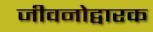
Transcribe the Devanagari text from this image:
जीवनोद्वारक